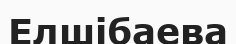
Елшібаева